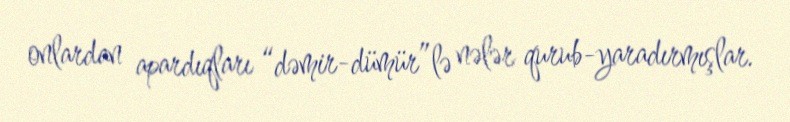
onlardan apardıqları “dəmir-dümür”lə nələr qurub-yaradırmışlar.